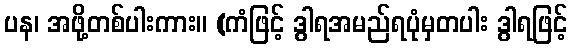
ပန၊ အဖို့တစ်ပါးကား။ (ကံဖြင့် ဒွါရအမည်ရပုံမှတပါး ဒွါရဖြင့်